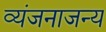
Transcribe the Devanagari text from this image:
व्यंजनाजन्य